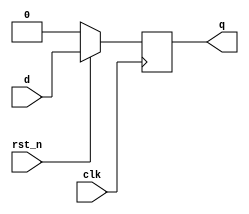
module dff_sync_rst_n
(
    input       clk,
    input       rst_n,
    input       d,
    output  reg q
);

    always @ (posedge clk)
        if (!rst_n)
            q <= 0;
        else
            q <= d;
 
endmodule